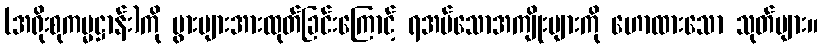
(အရိုးစုကမ္မဋ္ဌာန်း)ကို ပွားများအားထုတ်ခြင်းကြောင့် ရအပ်သောအကျိုးများကို ဟောထားသော သုတ်များ။